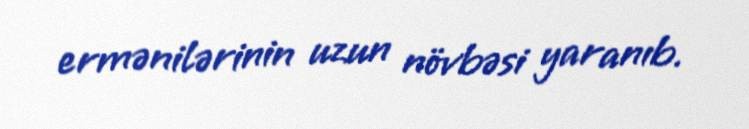
ermənilərinin uzun növbəsi yaranıb.